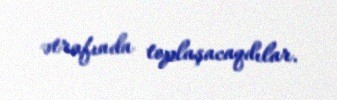
ətrafında toplaşacaqdılar.